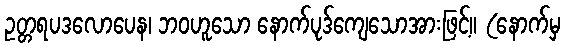
ဥတ္တရပဒလောပေန၊ ဘဝဟူသော နောက်ပုဒ်ကျေသောအားဖြင့်။ (နောက်မှ